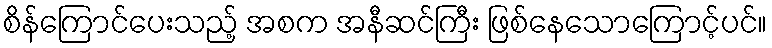
စိန်ကြောင်ပေးသည့် အစက အနီဆင်ကြီး ဖြစ်နေသောကြောင့်ပင်။